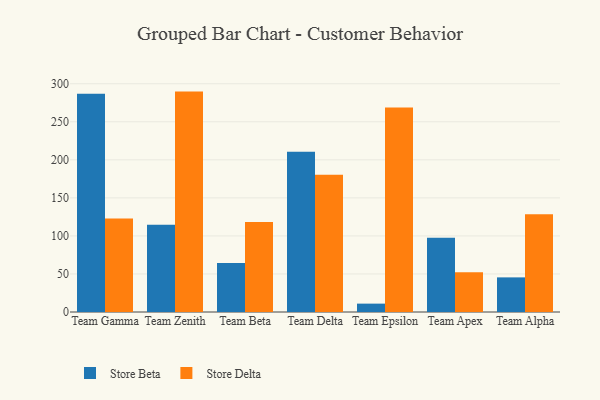
{"axis": {"x": "Team", "y": "Conversion Rate (%)"}, "legend": ["Store Beta", "Store Delta"], "data": [{"x": "Team Gamma", "y": 286.9, "type": "Store Beta"}, {"x": "Team Gamma", "y": 123.0, "type": "Store Delta"}, {"x": "Team Zenith", "y": 114.8, "type": "Store Beta"}, {"x": "Team Zenith", "y": 289.7, "type": "Store Delta"}, {"x": "Team Beta", "y": 64.3, "type": "Store Beta"}, {"x": "Team Beta", "y": 118.2, "type": "Store Delta"}, {"x": "Team Delta", "y": 210.5, "type": "Store Beta"}, {"x": "Team Delta", "y": 180.5, "type": "Store Delta"}, {"x": "Team Epsilon", "y": 11.0, "type": "Store Beta"}, {"x": "Team Epsilon", "y": 268.9, "type": "Store Delta"}, {"x": "Team Apex", "y": 97.7, "type": "Store Beta"}, {"x": "Team Apex", "y": 52.3, "type": "Store Delta"}, {"x": "Team Alpha", "y": 45.5, "type": "Store Beta"}, {"x": "Team Alpha", "y": 128.6, "type": "Store Delta"}]}